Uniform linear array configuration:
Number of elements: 16
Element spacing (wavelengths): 0.75
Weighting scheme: uniform
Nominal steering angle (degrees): -45
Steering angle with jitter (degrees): -45.15
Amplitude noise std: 0.05
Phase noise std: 0.05

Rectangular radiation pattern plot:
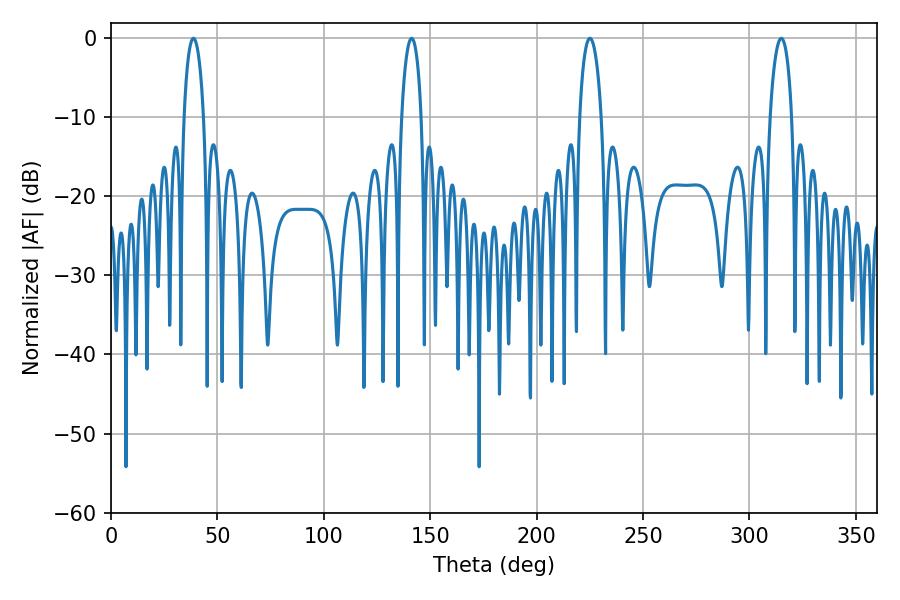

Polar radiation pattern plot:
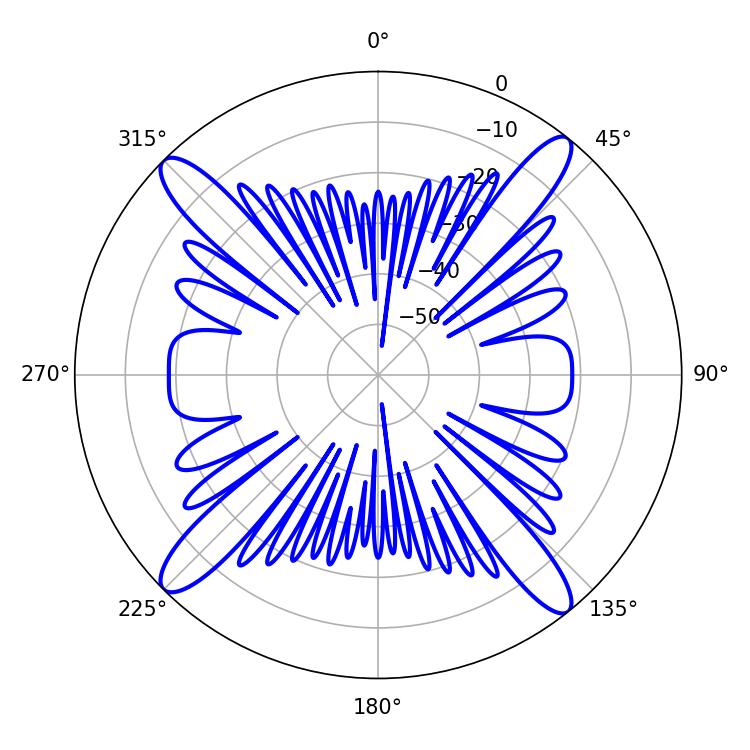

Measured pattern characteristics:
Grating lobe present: TRUE
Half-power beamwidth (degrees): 5.22
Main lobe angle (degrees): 38.7